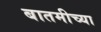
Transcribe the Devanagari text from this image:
बातमीच्या